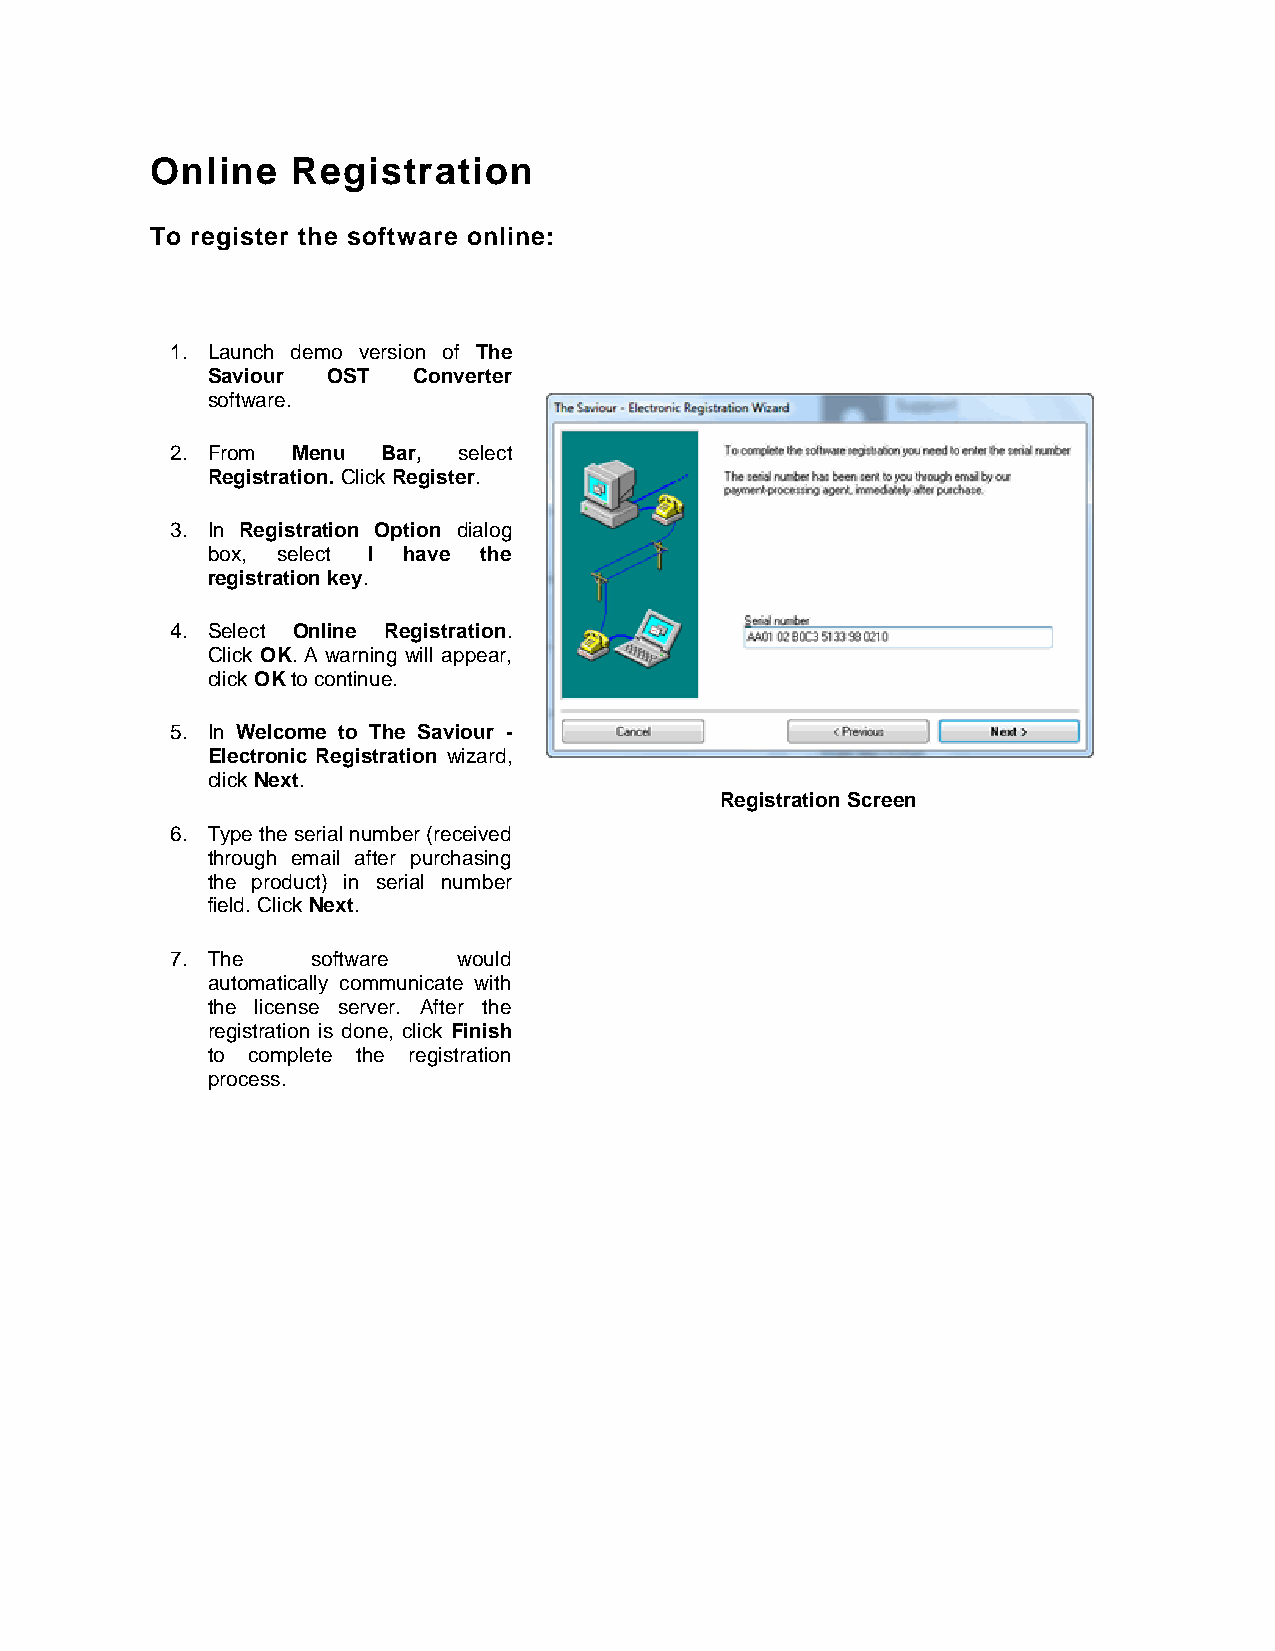
Online   Registration
 To register the software online:
 1. Launch demo version of The
 Saviour OST  Converter
 software.
 2. From Menu  Bar, select
 Registration. Click Register.
 3. In Registration Option dialog
 box, select I have the
 registration key.
 4. Select Online Registration.
 Click OK. A warning will appear,
 click OK to continue.
 5. In Welcome to The Saviour -
 Electronic Registration wizard,
 click Next.
 Registration Screen
 6. Type the serial number (received
 through email after purchasing
 the product) in serial number
 field. Click Next.
 7. The    software would
 automatically communicate with
 the license server. After the
 registration is done, click Finish
 to complete the registration
 process.